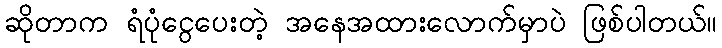
ဆိုတာက ရံပုံငွေပေးတဲ့ အနေအထားလောက်မှာပဲ ဖြစ်ပါတယ်။